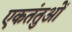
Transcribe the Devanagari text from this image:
एकतंतुओं